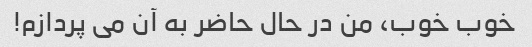
خوب خوب، من در حال حاضر به آن می پردازم!